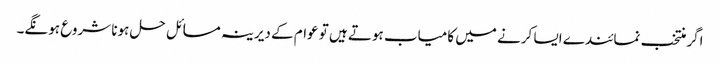
اگر منتخب نمائندے ایسا کرنے میں کامیاب ہوتے ہیں تو عوام کے دیرینہ مسائل حل ہونا شروع ہونگے۔